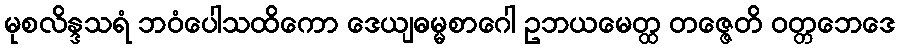
မုစလိန္ဒသရံ ဘဝံပေါသထိကော ဒေယျဓမ္မစာဂေါ ဥဘယမေတ္ထ တဇ္ဇေတိ ဝတ္တဘေဒေ